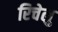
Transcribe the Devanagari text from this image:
रिचेलु